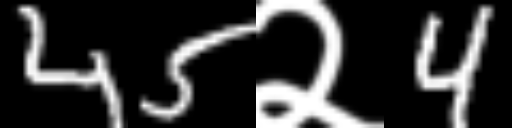
Text: 45२4